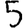
Digit: 5